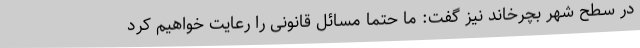
در سطح شهر بچرخاند نیز گفت: ما حتما مسائل قانونی را رعایت خواهیم کرد